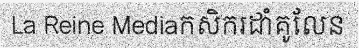
La Reine Mediaកសិករដាំគូលែន